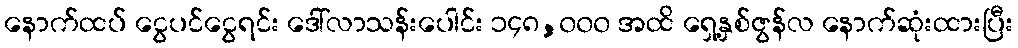
နောက်ထပ် ငွေပင်ငွေရင်း ဒေါ်လာသန်းပေါင်း ၁၄၈,၀၀၀ အထိ ရှေ့နှစ်ဇွန်လ နောက်ဆုံးထားပြီး